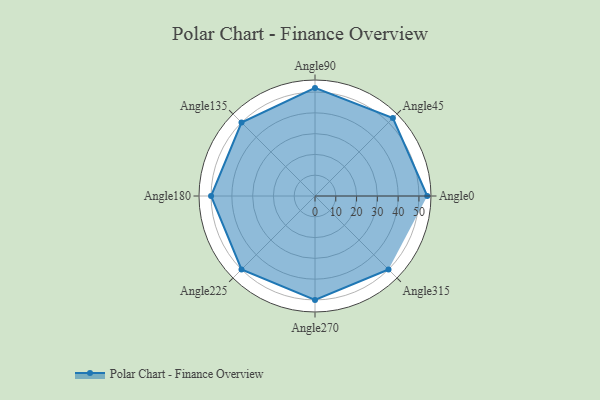
{"axis": {"x": "Angle", "y": "Radius"}, "legend": [""], "data": [{"x": "Angle0", "y": 54.0, "type": ""}, {"x": "Angle45", "y": 53.0, "type": ""}, {"x": "Angle90", "y": 52.0, "type": ""}, {"x": "Angle135", "y": 50, "type": ""}, {"x": "Angle180", "y": 50, "type": ""}, {"x": "Angle225", "y": 50, "type": ""}, {"x": "Angle270", "y": 50, "type": ""}, {"x": "Angle315", "y": 50, "type": ""}]}